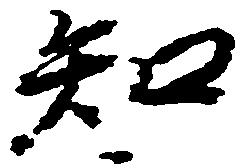
知